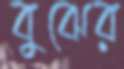
বুঝের